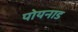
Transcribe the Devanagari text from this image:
पोयनाड